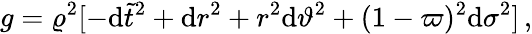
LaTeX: g=\varrho^{2}[-\mathrm{d}{\tilde{t}}^{2}+\mathrm{d}r^{2}+r^{2}\mathrm{d}\vartheta^{2}+(1-\varpi)^{2}\mathrm{d}\sigma^{2}]\, ,